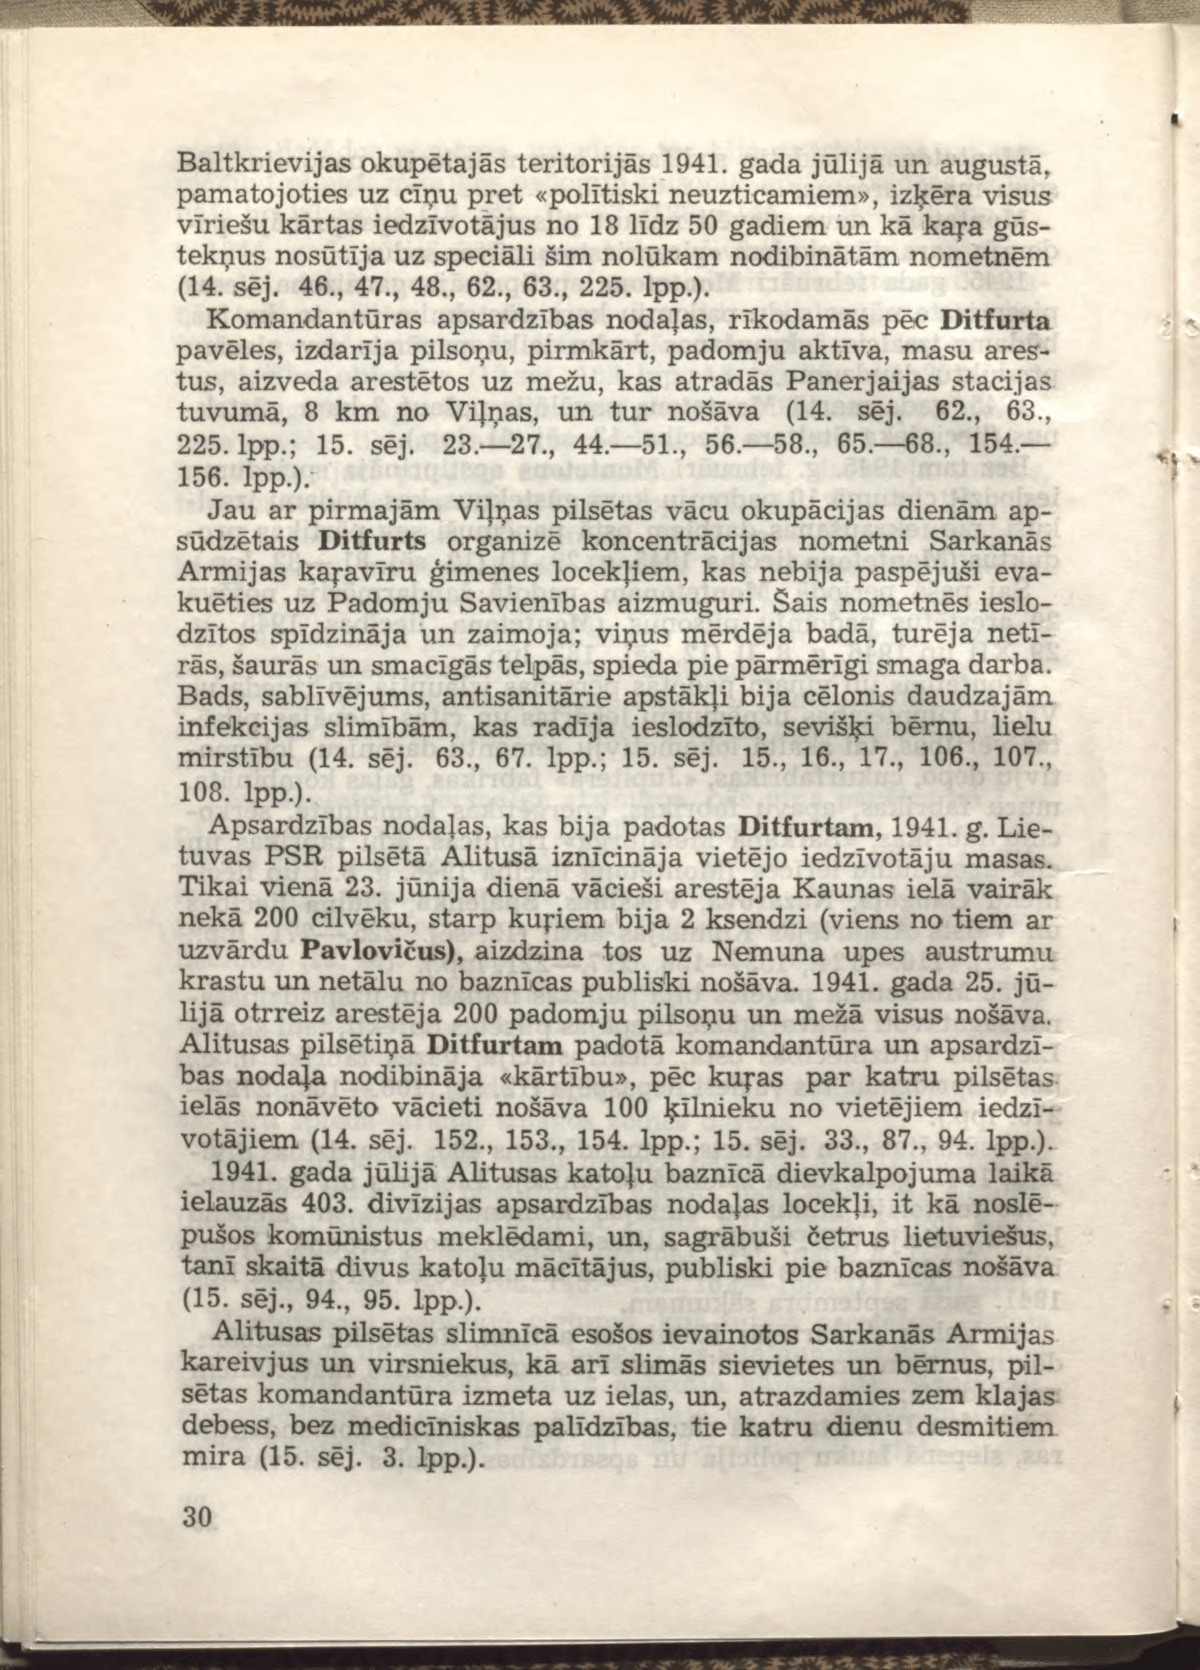
Language: lv